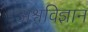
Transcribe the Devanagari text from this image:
अश्वविज्ञान